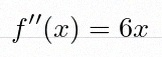
f''(x)=6x